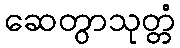
ဆေတွာသုတ္တံ